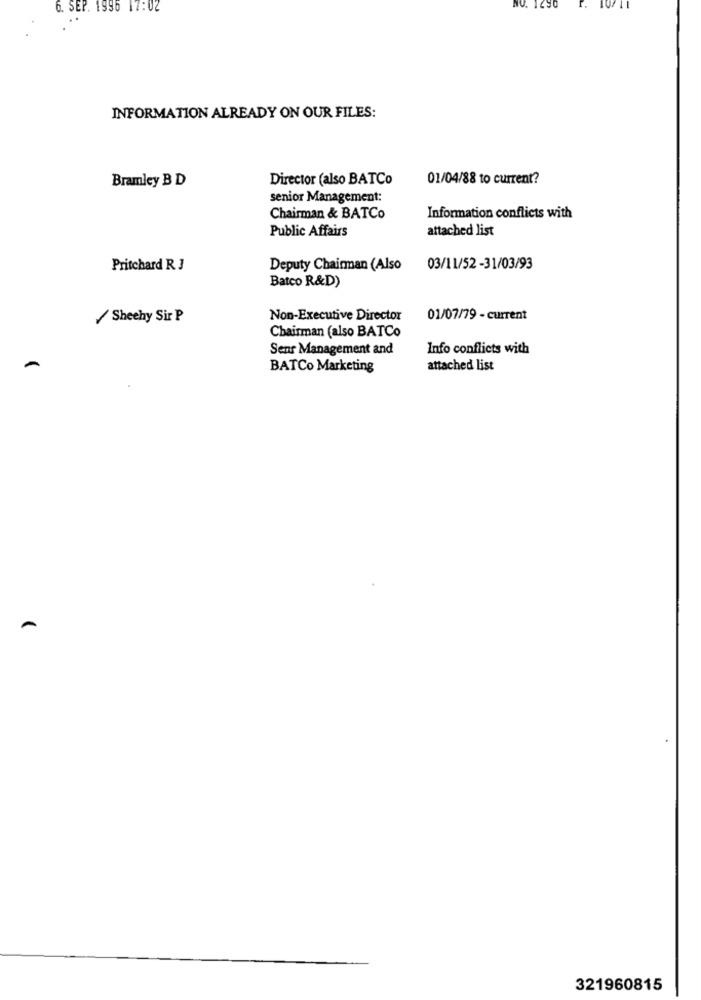
6. SEP. 1996 17:02
. 1430
INFORMATION ALREADY ON OUR FILES:
Bramley B D
Director (also BATCo
01/04/88 to current?
senior Management:
Chairman & BATCo
Information conflicts with
Public Affairs
attached list
Pritchard R 3
Deputy Chairman (Also
03/11/52-31/03/93
Batco R&D)
/Sheehy Sir P
Non-Executive Director
01/07/79 - current
Chairman (also BATCo
Sens Management and
Info conflicts with
BATCo Marketing
attached list
321960815